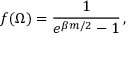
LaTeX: f ( \Omega ) = \frac { 1 } { e ^ { \beta m / 2 } - 1 } \, ,